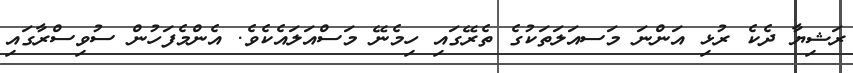
ރަޝިޔާ ދެކެ ރުޅި އަންނަ މަސއަލަތަކުގެ ތެރޭގައި ހިމެނޭ މަސްއަލައެކެވެ. އެންމެފަހުން ސުވިސްރާގައި